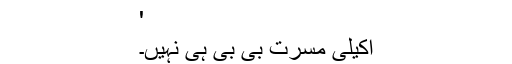
'
اکیلی مسرت بی بی ہی نہیں۔